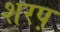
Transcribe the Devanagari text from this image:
शरप़